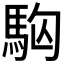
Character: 𩢛